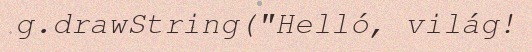
g.drawString("Helló, világ!